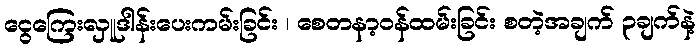
ငွေကြေးလှူဒါန်းပေးကမ်းခြင်း ၊ စေတနာ့ဝန်ထမ်းခြင်း စတဲ့အချက် ၃ချက်နဲ့